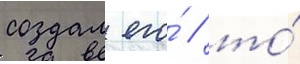
создал его́ / то́